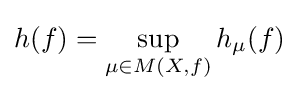
h(f)=\sup _{\mu \in M(X,f)}h_{\mu }(f)